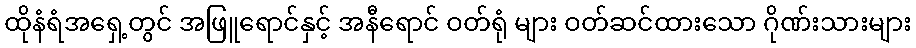
ထိုနံရံအရှေ့တွင် အဖြူရောင်နှင့် အနီရောင် ဝတ်ရုံ များ ဝတ်ဆင်ထားသော ဂိုဏ်းသားများ